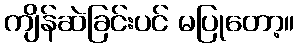
ကျိန်ဆဲခြင်းပင် မပြုတော့။